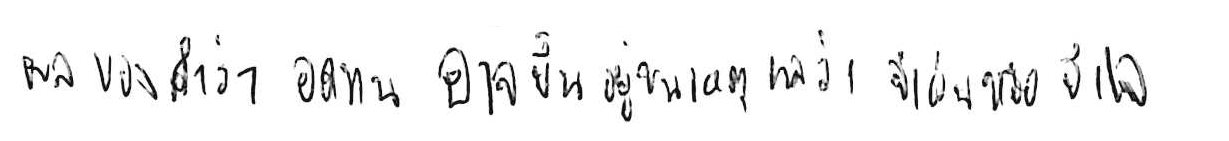
ผลของคำว่า อดทน อาจขึ้นอยู่บนเหตุผลว่า จำเป็น หรือ จำใจ